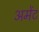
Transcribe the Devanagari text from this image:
अमेंट